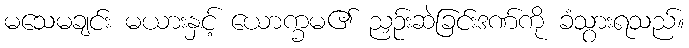
မသေမချင်း မယားနှင့် ယောက္ခမ၏ ညှဉ်းဆဲခြင်းဒဏ်ကို ခံသွားရသည်။